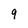
Character: 9